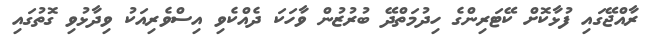
ރާއްޖޭގައި ފުޅާކޮށް ކޭޓަރިންގެ ހިދުމަތްދޭ ބުރުޒުން ވާހަކަ ދެއްކެވި އިސްވެރިއަކު ވިދާޅުވި ގޮތުގައި